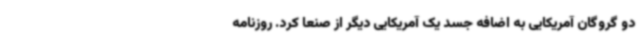
دو گروگان آمریکایی به اضافه جسد یک آمریکایی دیگر از صنعا کرد. روزنامه